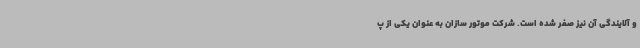
و آلایندگی آن نیز صفر شده است. شرکت موتور سازان به عنوان یکی از پ